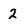
Character: 2